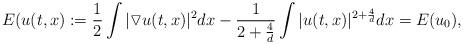
LaTeX: \begin{align*}E(u(t,x):=\frac{1}{2}\int |\triangledown u(t,x)|^{2}dx-\frac{1}{2+\frac{4}{d}}\int|u(t,x)|^{2+\frac{4}{d}}dx=E(u_{0}),\end{align*}